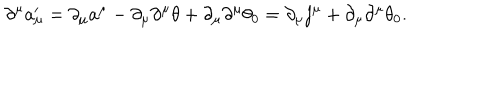
LaTeX: \partial ^ { \mu } a _ { \mu } ^ { \prime } = \partial _ { \mu } a ^ { \mu } - \partial _ { \mu } \partial ^ { \mu } \theta + \partial _ { \mu } \partial ^ { \mu } \theta _ { 0 } = \partial _ { \mu } j ^ { \mu } + \partial _ { \mu } \partial ^ { \mu } \theta _ { 0 } .